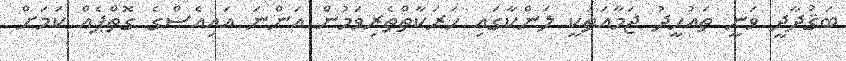
ބަޤުދާދީ ވަނީ ތައުހީދު ޖަމާއަތަކީ ލަންކާގައި ހަރަކާތްތެރިވަމުން އަންނަ އައިއެސްގެ ގޮތްޕެއް ކަމަށް